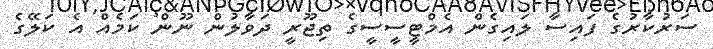
ސަރުކާރުގެ ފައިސާ ލައިގެން އެމްޓީސީސީގެ ތިޖޫރީ ދަވާލުން ނޫން ކަމެއް އެ ކަލޭގެ